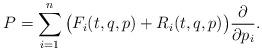
LaTeX: \begin{align*}P=\sum_{i=1}^n \big(F_i(t,q,p)+R_i(t,q,p)\big)\frac{\partial}{\partial p_i}.\end{align*}